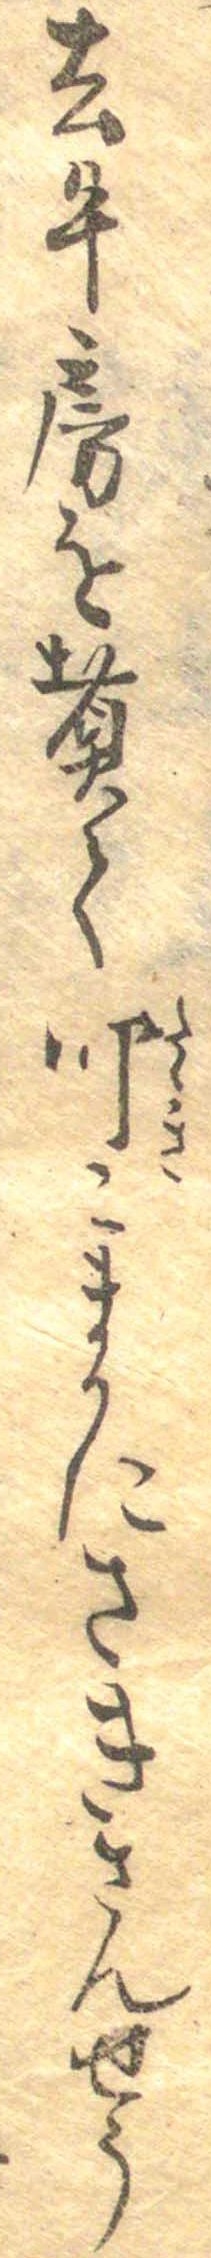
去牛房を煮て叩こまかにさきさんせう